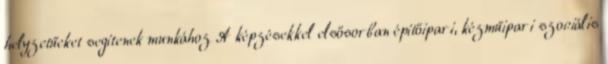
helyzetűeket segítenek munkához A képzésekkel elsősorban építőipari, kézműipari szociális